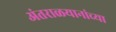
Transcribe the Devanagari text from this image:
अंतराळयानांच्या